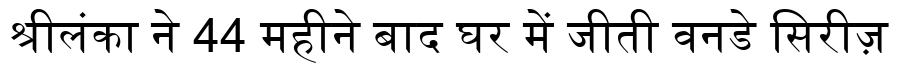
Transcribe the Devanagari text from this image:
श्रीलंका ने 44 महीने बाद घर में जीती वनडे सिरीज़